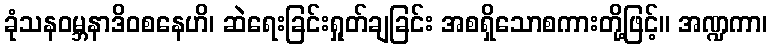
ခုံသနဝမ္ဘနာဒိဝစနေဟိ၊ ဆဲရေးခြင်းရှုတ်ချခြင်း အစရှိသောစကားတို့ဖြင့်။ အဏ္ဍကာ၊